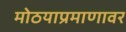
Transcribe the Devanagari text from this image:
मोठयाप्रमाणावर